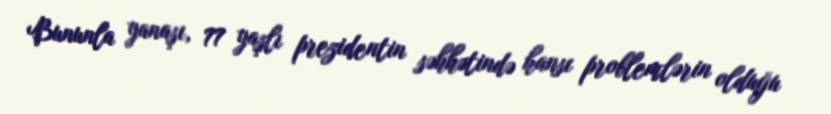
Bununla yanaşı, 77 yaşlı prezidentin səhhətində hansı problemlərin olduğu